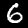
Digit: 6